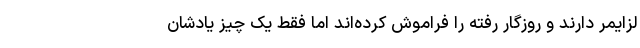
لزایمر دارند و روزگار رفته را فراموش کرده‌اند اما فقط یک چیز یادشان